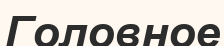
Головное